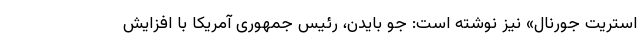
استریت جورنال» نیز نوشته است: جو بایدن، رئیس جمهوری آمریکا با افزایش